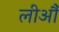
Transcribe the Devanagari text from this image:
लीऔं